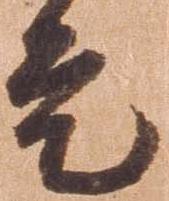
是